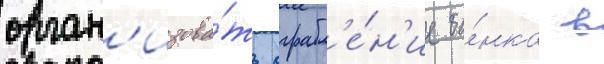
орган'изова́ть ограбл'е́н'ие ба́нка в